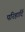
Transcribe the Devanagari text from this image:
परिहार्दि